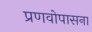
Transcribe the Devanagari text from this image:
प्रणवोपासना